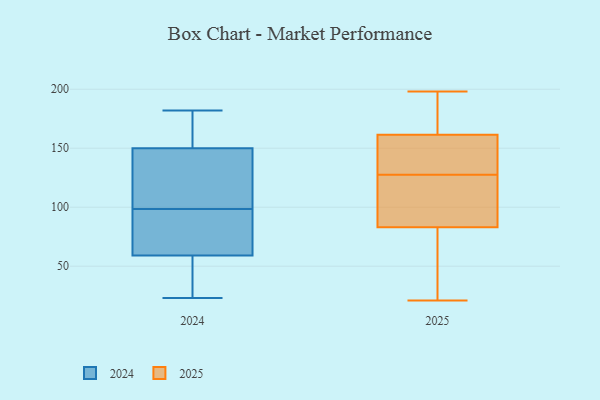
{"axis": {"x": "Customer Acquisition Cost (USD)", "y": "Value"}, "legend": ["2024", "2025"], "data": [{"x": "", "y": 57, "type": "2024"}, {"x": "", "y": 63, "type": "2024"}, {"x": "", "y": 59, "type": "2024"}, {"x": "", "y": 182, "type": "2024"}, {"x": "", "y": 68, "type": "2024"}, {"x": "", "y": 175, "type": "2024"}, {"x": "", "y": 23, "type": "2024"}, {"x": "", "y": 157, "type": "2024"}, {"x": "", "y": 163, "type": "2024"}, {"x": "", "y": 118, "type": "2024"}, {"x": "", "y": 46, "type": "2024"}, {"x": "", "y": 111, "type": "2024"}, {"x": "", "y": 71, "type": "2024"}, {"x": "", "y": 109, "type": "2024"}, {"x": "", "y": 88, "type": "2024"}, {"x": "", "y": 150, "type": "2024"}, {"x": "", "y": 25, "type": "2024"}, {"x": "", "y": 143, "type": "2024"}, {"x": "", "y": 99, "type": "2025"}, {"x": "", "y": 47, "type": "2025"}, {"x": "", "y": 166, "type": "2025"}, {"x": "", "y": 84, "type": "2025"}, {"x": "", "y": 29, "type": "2025"}, {"x": "", "y": 149, "type": "2025"}, {"x": "", "y": 95, "type": "2025"}, {"x": "", "y": 188, "type": "2025"}, {"x": "", "y": 82, "type": "2025"}, {"x": "", "y": 141, "type": "2025"}, {"x": "", "y": 125, "type": "2025"}, {"x": "", "y": 155, "type": "2025"}, {"x": "", "y": 157, "type": "2025"}, {"x": "", "y": 106, "type": "2025"}, {"x": "", "y": 130, "type": "2025"}, {"x": "", "y": 58, "type": "2025"}, {"x": "", "y": 21, "type": "2025"}, {"x": "", "y": 176, "type": "2025"}, {"x": "", "y": 198, "type": "2025"}, {"x": "", "y": 170, "type": "2025"}]}